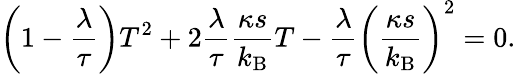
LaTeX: \left(1-\frac{\lambda}{\tau}\right)T^{2}+2\frac{\lambda}{\tau}\frac{\kappa s}{k_{\mathrm{B}}}T-\frac{\lambda}{\tau}\left(\frac{\kappa s}{k_{\mathrm{B}}}\right)^{2}=0.